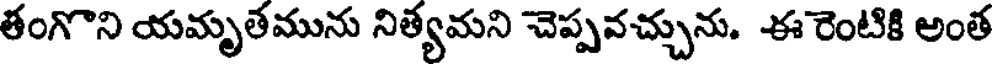
తంగొని యమృతమును నిత్యమని చెప్పవచ్చును. ఈ రెంటికి అంత